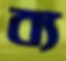
ব্য